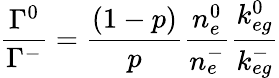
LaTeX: \frac{\Gamma^{0}}{\Gamma^{-}}=\frac{(1-p)}{p}\frac{n_{e}^{0}}{n_{e}^{-}}\frac{k_{eg}^{0}}{k_{eg}^{-}}